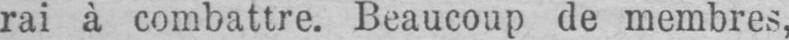
rai à combattre. Beaucoup de membres,